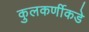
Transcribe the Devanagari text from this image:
कुलकर्णीकडे